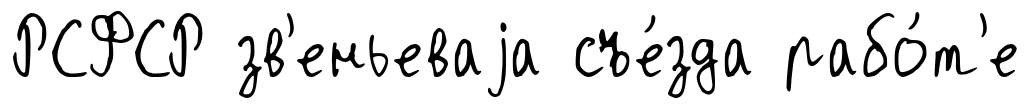
РСФСР зв'еньеваjа съе́зда рабо́т'е